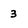
Character: 3